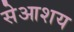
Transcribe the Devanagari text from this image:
सेआशय